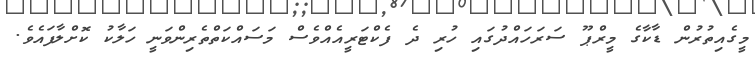
މީގެއިތުރުން ޑާކާގެ މީރްޕޫ ސަރަހައްދުގައި ހުރި ދެ ފެކްޓަރީއެއްވެސް މަސައްކަތްތެރިންވަނީ ހަލާކު ކޮށްލާފައެވެ.